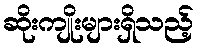
ဆိုးကျိုးများရှိသည့်